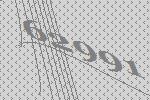
62991